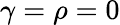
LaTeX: \gamma=\rho=0